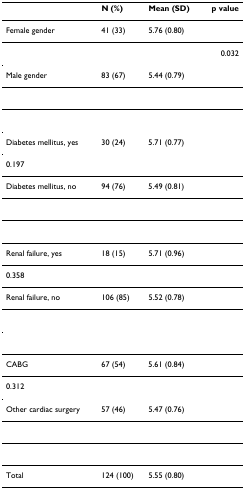
<table><thead><tr><td></td><td><b>N (%)</b></td><td><b>Mean (SD)</b></td><td><b>p value</b></td></tr></thead><tbody><tr><td>Female gender</td><td>41 (33)</td><td>5.76 (0.80)</td><td></td></tr><tr><td></td><td></td><td></td><td>0.032</td></tr><tr><td>Male gender</td><td>83 (67)</td><td>5.44 (0.79)</td><td></td></tr><tr><td>Diabetes mellitus, yes</td><td>30 (24)</td><td>5.71 (0.77)</td><td></td></tr><tr><td>0.197</td><td></td><td></td><td></td></tr><tr><td>Diabetes mellitus, no</td><td>94 (76)</td><td>5.49 (0.81)</td><td></td></tr><tr><td>Renal failure, yes</td><td>18 (15)</td><td>5.71 (0.96)</td><td></td></tr><tr><td>0.358</td><td></td><td></td><td></td></tr><tr><td>Renal failure, no</td><td>106 (85)</td><td>5.52 (0.78)</td><td></td></tr><tr><td>CABG</td><td>67 (54)</td><td>5.61 (0.84)</td><td></td></tr><tr><td>0.312</td><td></td><td></td><td></td></tr><tr><td>Other cardiac surgery</td><td>57 (46)</td><td>5.47 (0.76)</td><td></td></tr><tr><td>Total</td><td>124 (100)</td><td>5.55 (0.80)</td><td></td></tr></tbody></table>